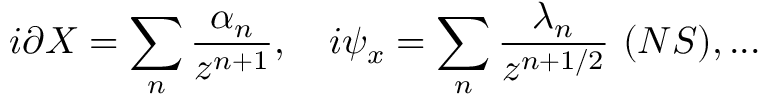
i \partial X = \sum _ { n } { \frac { \alpha _ { n } } { z ^ { n + 1 } } } , \ \ \ i \psi _ { x } = \sum _ { n } { \frac { \lambda _ { n } } { z ^ { n + 1 / 2 } } } \ ( N S ) , . . .